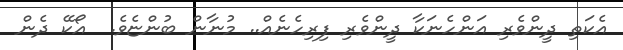
އެކަތި ދީންވެރި އަންހެނަކާ ދީންވެރި ފިރިހެނެއް.. މުނާން ބުންޏެވެ.  އޯކޭ ދެން